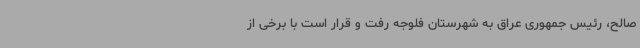
صالح، رئیس جمهوری عراق به شهرستان فلوجه رفت و قرار است با برخی از